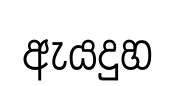
ඇයදුහ